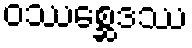
ဝဿစ္ဆေဒဿ